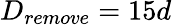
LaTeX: D_{remove}=15d